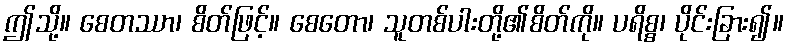
ဤသို့။ စေတဿာ၊ စိတ်ဖြင့်။ စေတော၊ သူတစ်ပါးတို့၏စိတ်ကို။ ပရိစ္စ၊ ပိုင်းခြား၍။